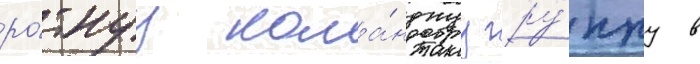
ро́тнуу кома́нднуу гру́ппу в